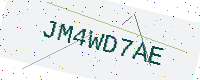
Text: JM4WD7AE